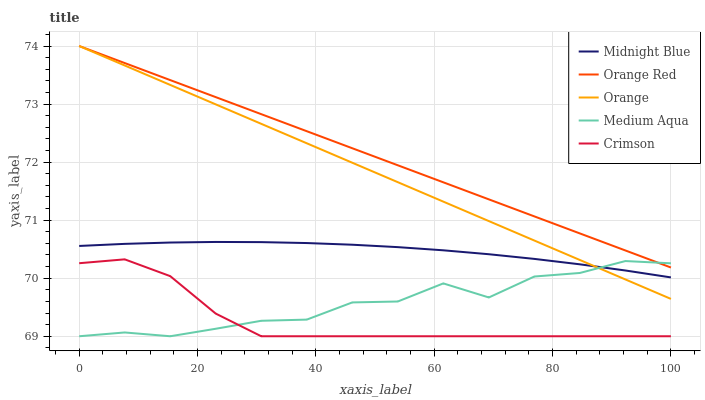
| xaxis_label | Midnight Blue | Orange Red | Orange | Medium Aqua | Crimson |
 | --- | --- | --- | --- | --- | --- |
 | 0 | 70.6 | 74 | 74 | 69 | 70.3 |
 | 7.69 | 70.6 | 73.7 | 73.7 | 69.1 | 70.3 |
 | 15.4 | 70.6 | 73.4 | 73.3 | 69 | 70 |
 | 23.1 | 70.6 | 73.1 | 73 | 69.1 | 69.4 |
 | 30.8 | 70.6 | 72.8 | 72.7 | 69.3 | 69 |
 | 38.5 | 70.6 | 72.5 | 72.3 | 69.3 | 69 |
 | 46.2 | 70.6 | 72.2 | 72 | 69.6 | 69 |
 | 53.8 | 70.5 | 71.9 | 71.7 | 69.6 | 69 |
 | 61.5 | 70.5 | 71.7 | 71.3 | 69.9 | 69 |
 | 69.2 | 70.4 | 71.4 | 71 | 69.7 | 69 |
 | 76.9 | 70.3 | 71.1 | 70.6 | 70 | 69 |
 | 84.6 | 70.2 | 70.8 | 70.3 | 70.1 | 69 |
 | 92.3 | 70.1 | 70.5 | 70 | 70.3 | 69 |
 | 100 | 70 | 70.2 | 69.6 | 70.3 | 69 |